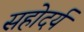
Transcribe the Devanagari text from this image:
सहोदर्य